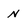
Character: n